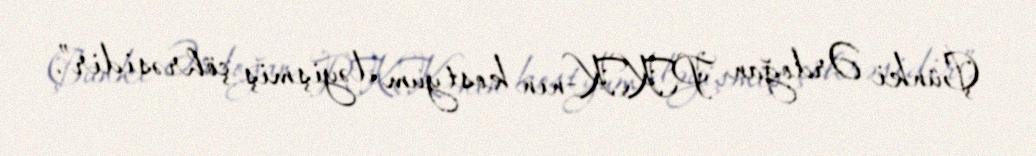
Çünki Ərdoğan PKK-nın kostyum dəyişmiş çöhrəsidir”.